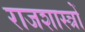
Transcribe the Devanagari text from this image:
राजशास्त्रों